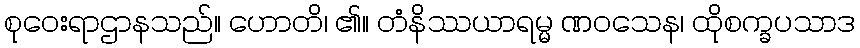
စုဝေးရာဌာနသည်။ ဟောတိ၊ ၏။ တံနိဿယာရမ္မ ဏဝသေန၊ ထိုစက္ခပသာဒ